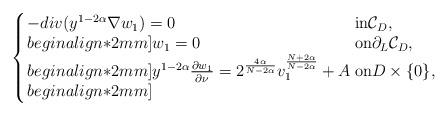
LaTeX: \begin{align*}\left\{ \arraycolsep=1.5pt\begin{array}{lll}- div(y^{1-2\alpha}\nabla w_1) = 0 &{\rm in} \mathcal{C}_D, \\begin{align*}2mm] w_1=0 & {\rm on}\partial_L\mathcal{C}_D, \\begin{align*}2mm] y^{1-2\alpha}\frac{\partial w_1}{\partial \nu}= 2^{\frac {4\alpha}{N-2\alpha}} v_1^{\frac {N+2\alpha}{N-2\alpha}} + A & {\rm on}D\times\{0\},\\begin{align*}2mm] \end{array} \right. \end{align*}